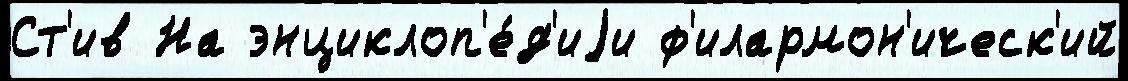
Ст'ив На энциклоп'е́д'иjи ф'илармон'ическ'ий